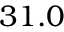
3 1 . 0